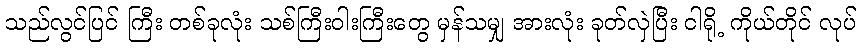
သည်လွင်ပြင် ကြီး တစ်ခုလုံး သစ်ကြီးဝါးကြီးတွေ မှန်သမျှ အားလုံး ခုတ်လှဲပြီး ငါရို့ ကိုယ်တိုင် လုပ်